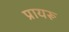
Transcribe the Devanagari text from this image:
प्रायरू